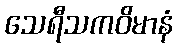
သေရီသကဝိမာနံ